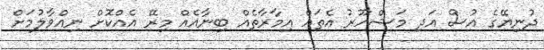
ދުނިޔޭގެ އުސް އަދި މަޝްހޫރު އެތައް އިމާރާތެއް ބިނާއެއް މިރޭ އެއްކޮށް ނިއްވާލުމަށް